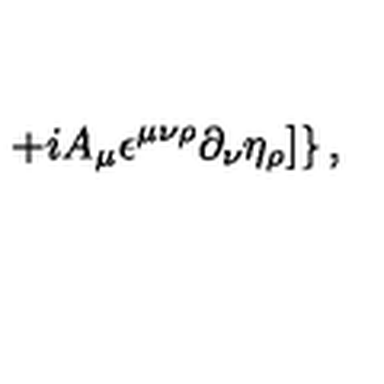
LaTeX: \left. + i A _ { \mu } \epsilon ^ { \mu \nu \rho } \partial _ { \nu } \eta _ { \rho } ] \right\} ,